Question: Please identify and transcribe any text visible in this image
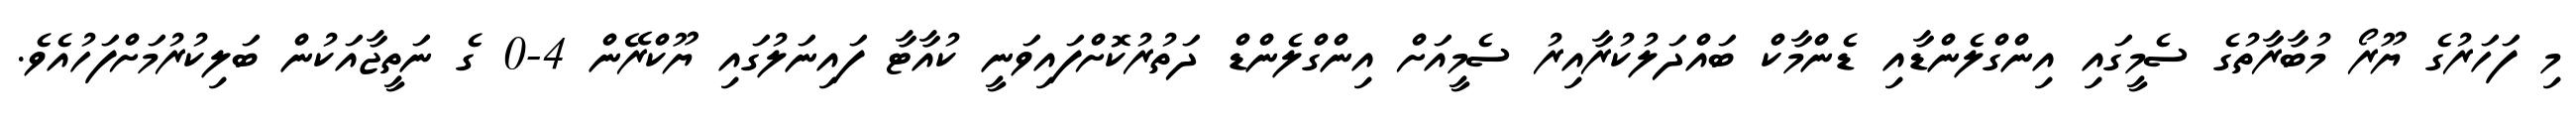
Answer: މި ފަހަރުގެ ޔޫރޯ މުބާރާތުގެ ސެމީގައި އިންގްލެންޑާއި ޑެންމާކް ބައްދަލުކުރާއިރު ސެމީއަށް އިންގްލެންޑް ދަތުރުކޮށްފައިވަނީ ކުއާޓާ ފައިނަލުގައި ޔޫކްރޭން 4-0 ގެ ނަތީޖާއަކުން ބަލިކުރުމަށްފަހުއެވެ.